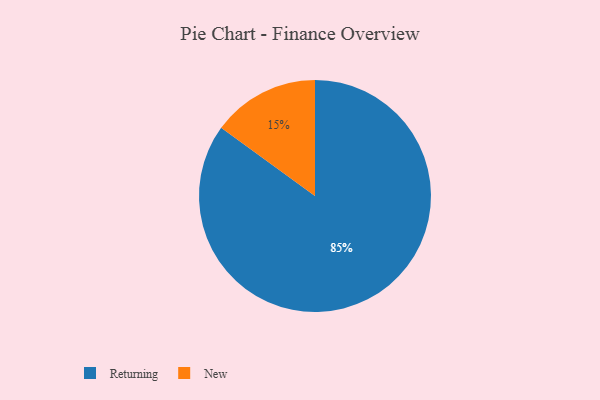
{"axis": {"x": "Category", "y": "Percentage"}, "legend": ["New", "Returning"], "data": [{"x": "New", "y": 15, "type": "New"}, {"x": "Returning", "y": 85, "type": "Returning"}]}